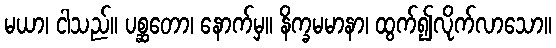
မယာ၊ ငါသည်။ ပစ္ဆတော၊ နောက်မှ။ နိက္ခမမာနာ၊ ထွက်၍လိုက်လာသော။